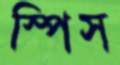
স্পিস